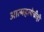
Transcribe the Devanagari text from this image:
आत्महत्येचीही